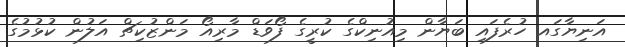
އަނިޔާގައ ހުރެފައި ބަޔާން މިއުނިކްގެ ކުރީގެ ފޯވަޑް މާރިއޯ މަންޒުކިޗް އަލުން ކުޅުމުގެ